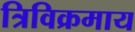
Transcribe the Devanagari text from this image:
त्रिविक्रमाय